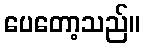
ပေတော့သည်။